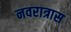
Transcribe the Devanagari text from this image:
नवरात्रास